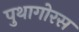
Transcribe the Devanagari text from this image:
पुथागोरस